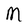
Character: M